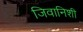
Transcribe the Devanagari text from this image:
जिवानिशी